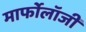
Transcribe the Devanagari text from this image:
मार्फोलॉजी